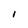
Character: I